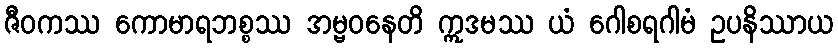
ဇီဝကဿ ကောမာရဘစ္စဿ အမ္ဗဝနေတိ ဣဒမဿ ယံ ဂေါစရဂါမံ ဥပနိဿာယ